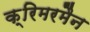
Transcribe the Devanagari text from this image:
क्रिमरमैन